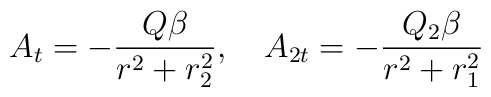
A_t=-\frac{Q\beta}{r^2+r_2^2},~~~A_{2t}=-\frac{Q_2\beta}{r^2+r_1^2}